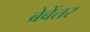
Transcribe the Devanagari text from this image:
ब्रेबेंतर